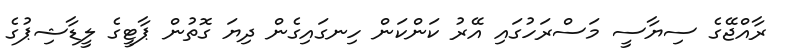
ރާއްޖޭގެ ސިޔާސީ މަސްރަހުގައި އޭރު ކަންކަން ހިނގައިގެން ދިޔަ ގޮތުން ޕާޓީގެ ލީޑާޝިޕުގެ